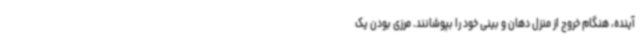
آینده، هنگام خروج از منزل دهان و بینی خود را بپوشانند. مرزی بودن یک